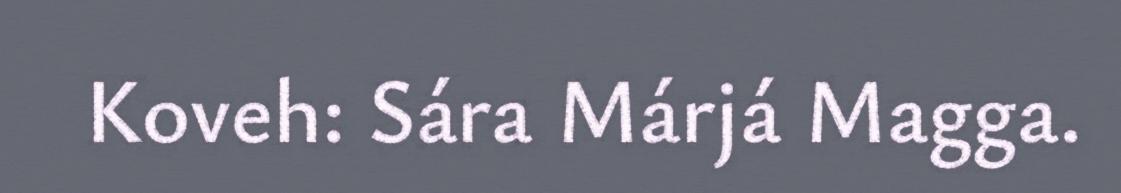
Koveh: Sára Márjá Magga.